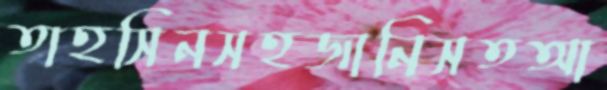
তাহসিনসহজানিসতআ